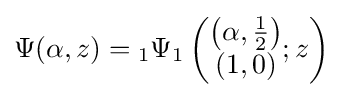
{\textstyle \Psi (\alpha ,z)={}_{1}\Psi _{1}\left({\begin{matrix}\left(\alpha ,{\frac {1}{2}}\right)\\(1,0)\end{matrix}};z\right)}